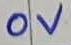
Text: 0V